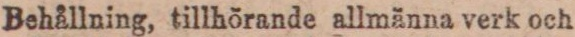
Behållning, tillhörande allmänna verk och